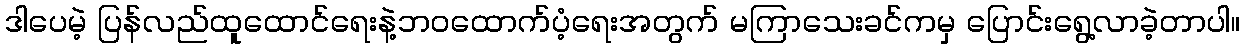
ဒါပေမဲ့ ပြန်လည်ထူထောင်ရေးနဲ့ဘဝထောက်ပံ့ရေးအတွက် မကြာသေးခင်ကမှ ပြောင်းရွေ့လာခဲ့တာပါ။